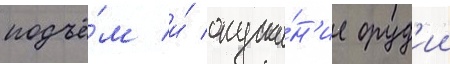
подъё́м и́ опуска́н'ие оруд'ии